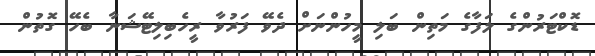
ޑޮކްޓަރުންގެ ލަފާގެ މަތިން ބަލި މީހުންނަށް ދެވޭ ފަރުވާ ރީހެބިލިޓޭޝަނާ ބެހޭ ގޮތުން